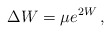
\begin{align*}\Delta W = \mu e^{2W}\,, \end{align*}